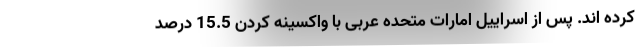
کرده اند. پس از اسراییل امارات متحده عربی با واکسینه کردن 15.5 درصد